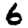
Digit: 6